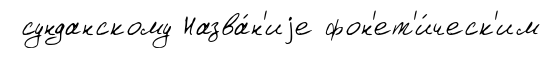
сунданскому Назва́н'иjе фон'ет'и́ческ'им